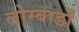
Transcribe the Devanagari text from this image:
लोम्बार्डों